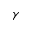
\gamma